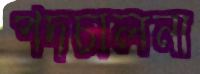
পদচালনা